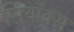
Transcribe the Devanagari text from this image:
सियॉक्स